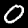
Label: 0